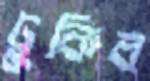
ঢুকিব